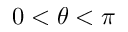
0 < \theta < \pi